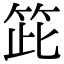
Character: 𥬳